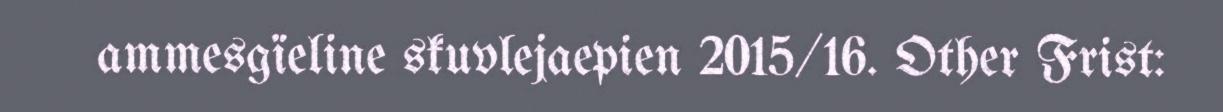
ammesgïeline skuvlejaepien 2015/16. Other Frist: